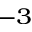
^ { - 3 }